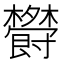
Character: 𣠵